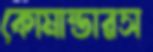
কোমান্ডারস